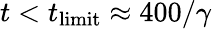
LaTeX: t<t_{{\mathrm{limit}}}\approx 400/\gamma